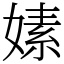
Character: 嫊